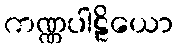
ကဏ္ဏပါဠိယော